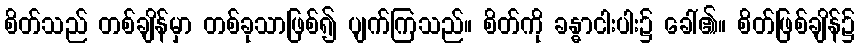
စိတ်သည် တစ်ချိန်မှာ တစ်ခုသာဖြစ်၍ ပျက်ကြသည်။ စိတ်ကို ခန္ဓာငါးပါး၌ ခေါ်၏။ စိတ်ဖြစ်ချိန်၌